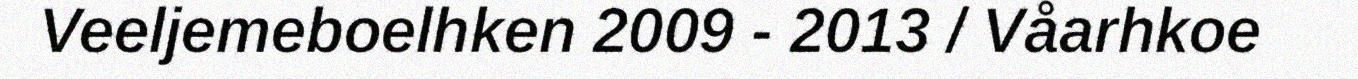
Veeljemeboelhken 2009 - 2013 / Våarhkoe